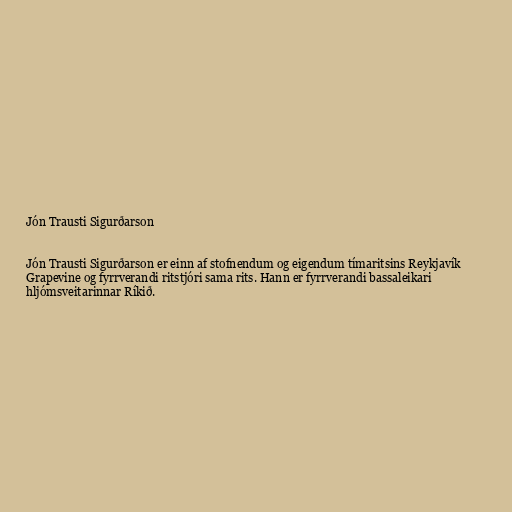
Jón Trausti Sigurðarson

Jón Trausti Sigurðarson er einn af stofnendum og eigendum tímaritsins Reykjavík
Grapevine og fyrrverandi ritstjóri sama rits. Hann er fyrrverandi bassaleikari
hljómsveitarinnar Ríkið.